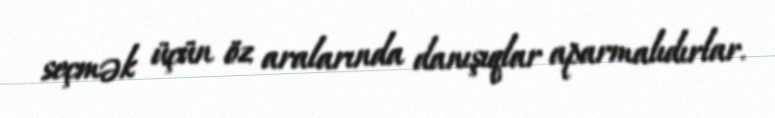
seçmək üçün öz aralarında danışıqlar aparmalıdırlar.